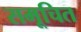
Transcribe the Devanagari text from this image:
समूचित